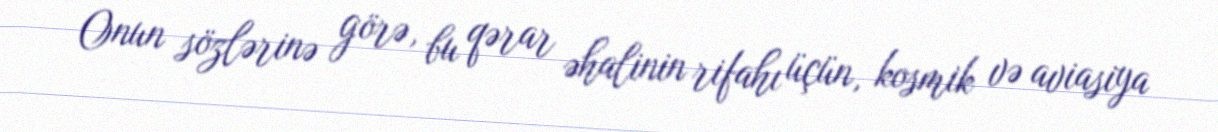
Onun sözlərinə görə, bu qərar əhalinin rifahı üçün, kosmik və aviasiya